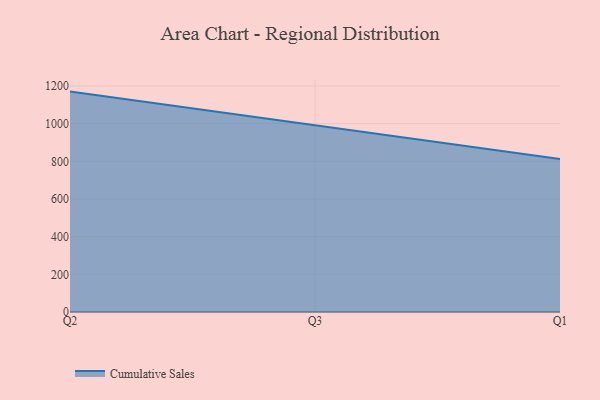
{"axis": {"x": "Quarter", "y": "LTV (USD)"}, "legend": ["Cumulative Sales"], "data": [{"x": "Q2", "y": 1170.0, "type": "Cumulative Sales"}, {"x": "Q3", "y": 990.3, "type": "Cumulative Sales"}, {"x": "Q1", "y": 812.6, "type": "Cumulative Sales"}]}